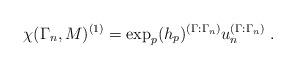
LaTeX: \begin{align*}\chi (\Gamma_n , M)^{(1)} = \exp_p (h_p)^{(\Gamma : \Gamma_n)} u^{(\Gamma : \Gamma_n)}_n \; .\end{align*}